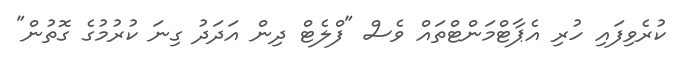
ކުރެވިފައި ހުރި އެޕާޓްމަންޓްތައް ވެސް "ފްލެޓް ދިން އަދަދު ގިނަ ކުރުމުގެ ގޮތުން"